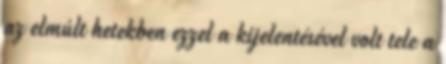
az elmúlt hetekben ezzel a kijelentésével volt tele a